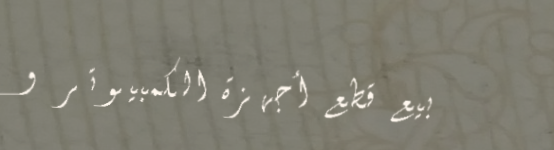
بيع قطع أجهزة الكمبيوتر و